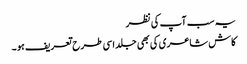
یہ سب آپ کی نظر
کاش شاعری کی بھی جلد اسی طرح تعریف ہو ۔